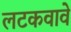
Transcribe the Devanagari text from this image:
लटकवावे